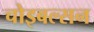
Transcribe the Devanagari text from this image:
चोइबल्सन